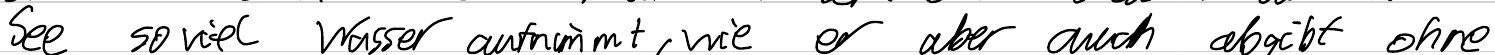
See so viel Wasser aufnimmt, wie er aber auch abgibt ohne